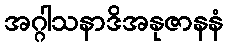
အဂ္ဂါသနာဒိအနုဇာနနံ